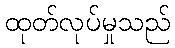
ထုတ်လုပ်မှုသည်